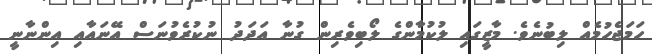
ހަމަޖެހުމެއް ލިބުނެވެ. މާޒީގައި ލުކުމާންގެ ލޯބިވެރިން ގުނާ އަދަދު ނުކުރެވުނަސް އޭނައާއި އިންނާނީ